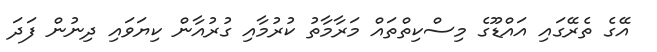
އޭގެ ތެރޭގައި އައްޑޫގެ މިސްކިތްތައް މަރާމާތު ކުރުމާއި ގުރުއާން ކިޔަވައި ދިނުން ފަދަ